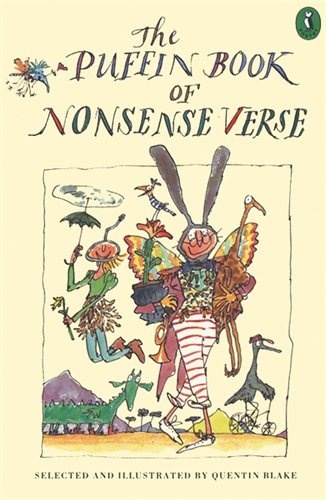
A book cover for Quentin Blakes Book Of Nonsense Verse (Puffin Poetry); Quentin Blake; Teen & Young Adult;